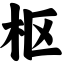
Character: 枢